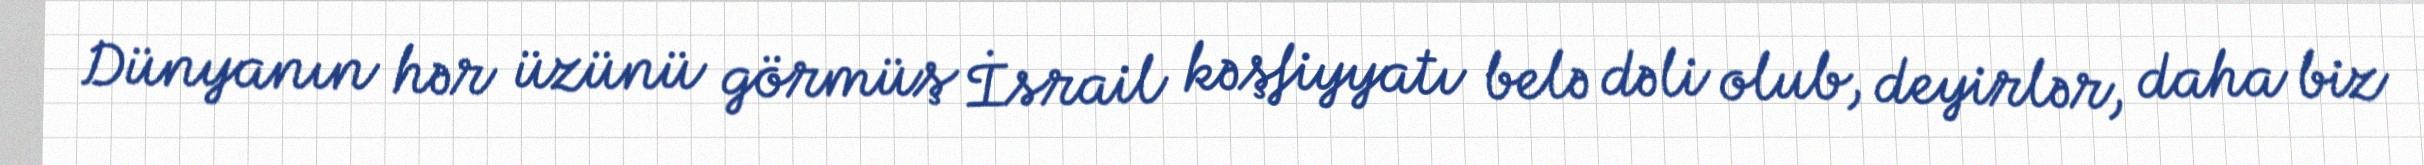
Dünyanın hər üzünü görmüş İsrail kəşfiyyatı belə dəli olub, deyirlər, daha biz